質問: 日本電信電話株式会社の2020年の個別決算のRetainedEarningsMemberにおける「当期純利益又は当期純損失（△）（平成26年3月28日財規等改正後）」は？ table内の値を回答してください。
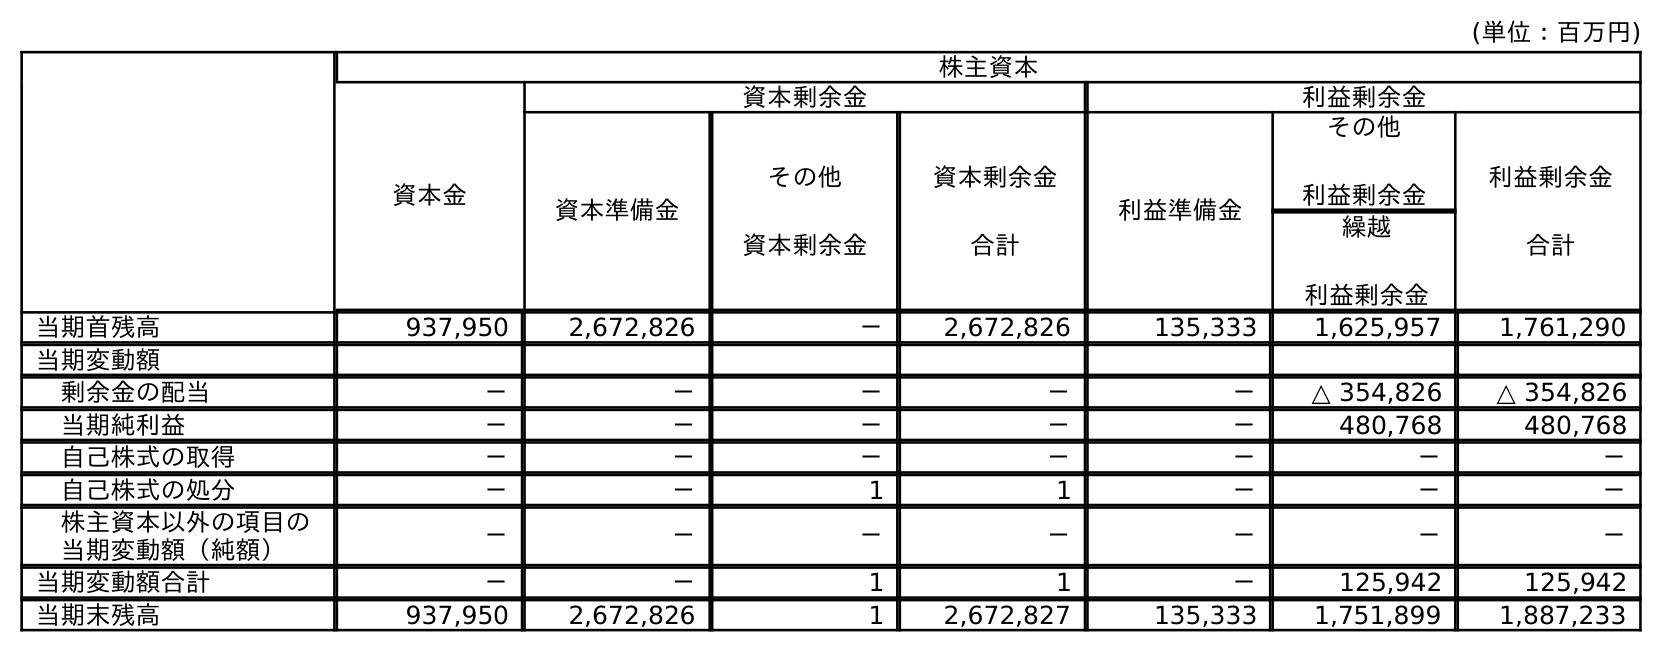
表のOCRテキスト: (単位：百万円) 株主資本 資本金 資本剰余金 利益剰余金 資本準備金 その他 資本剰余金 資本剰余金 合計 利益準備金 その他 利益剰余金 利益剰余金 合計 繰越 利益剰余金 当期首残高 937,950 2,672,826 － 2,672,826 135,333 1,625,957 1,761,290 当期変動額 剰余金の配当 － － － － － △ 354,826 △ 354,826 当期純利益 － － － － － 480,768 480,768 自己株式の取得 － － － － － － － 自己株式の処分 － － 1 1 － － － 株主資本以外の項目の 当期変動額（純額） － － － － － － － 当期変動額合計 － － 1 1 － 125,942 125,942 当期末残高 937,950 2,672,826 1 2,672,827 135,333 1,751,899 1,887,233
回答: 480,768